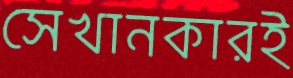
সেখানকারই